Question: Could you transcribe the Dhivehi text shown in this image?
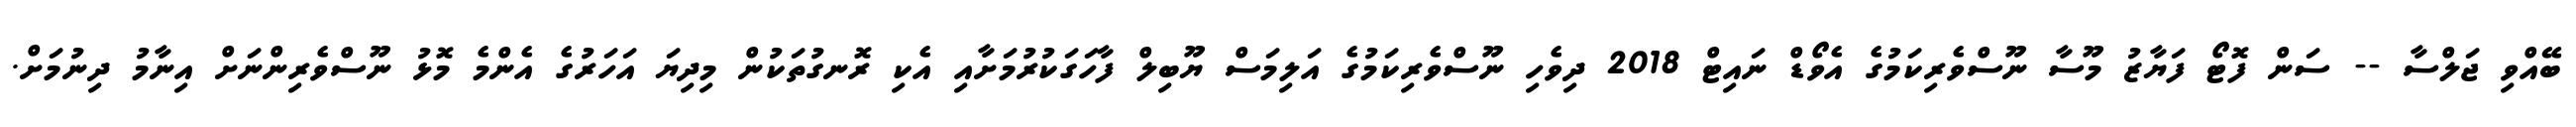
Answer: ބޭއްވި ޖަލްސާ -- ސަން ފޮޓޯ ފަޔާޒު މޫސާ ނޫސްވެރިކަމުގެ އެވޯޑް ނައިޓް 2018 ދިވެހި ނޫސްވެރިކަމުގެ އަލިމަސް ޔޫބިލް ފާހަގަކުރުމަށާއި އެކި ރޮނގުތަކުން މިދިޔަ އަހަރުގެ އެންމެ މޮޅު ނޫސްވެރިންނަށް އިނާމު ދިނުމަށް.